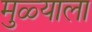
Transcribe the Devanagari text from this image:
मुळ्याला